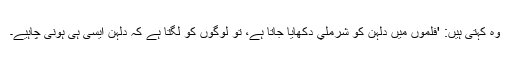
وہ کہتی ہیں: 'فلموں میں دلہن کو شرملي دکھایا جاتا ہے، تو لوگوں کو لگتا ہے کہ دلہن ایسی ہی ہونی چاہیے۔